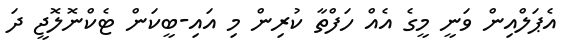
އެޕަލްއިން ވަނީ މީގެ އެއް ހަފްތާ ކުރިން މި އައި-ބީކަން ޓެކްނޮލޮޖީ ދަ